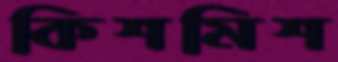
কিশমিশ